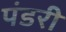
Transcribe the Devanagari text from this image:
पंडरी